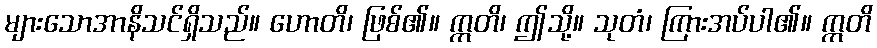
များသောအာနိသင်ရှိသည်။ ဟောတိ၊ ဖြစ်၏။ ဣတိ၊ ဤသို့။ သုတံ၊ ကြားအပ်ပါ၏။ ဣတိ